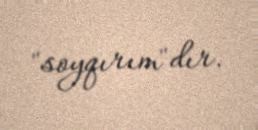
"soyqırım"dır.